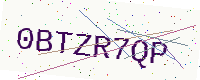
Text: 0BTZR7QP